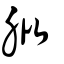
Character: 肶